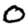
Digit: 0